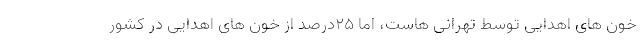
خون های اهدایی توسط تهرانی هاست، اما ۲۵درصد از خون های اهدایی در کشور